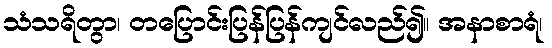
သံသရိတွာ၊ တပြောင်းပြန်ပြန်ကျင်လည်၍။ အနာစာရံ၊